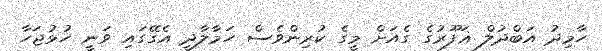
ހާމިދު އަބްދުލް ޣަފޫރުގެ ގެއަށް މީގެ ކުރިންވެސް ހަމާލާދީ އެގޭގައި ވަނީ ހުޅުޖަހާ